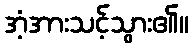
အံ့အားသင့်သွား၏။